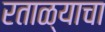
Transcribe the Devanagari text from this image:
रताळ्याचा